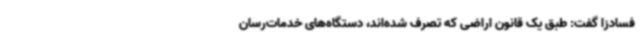
فسادزا گفت: طبق یک قانون اراضی که تصرف شده‌اند، دستگاه‌های خدمات‌رسان